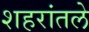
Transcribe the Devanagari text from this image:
शहरांतले